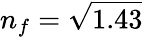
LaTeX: n_{f}=\sqrt{1.43}